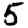
Digit: 5